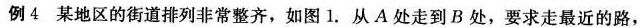
例4某地区的街道排列非常整齐，如图1.从A处走到B处，要求走最近的路，